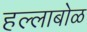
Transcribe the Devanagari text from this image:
हल्लाबोळ